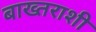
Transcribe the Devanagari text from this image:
बाख्तराशी